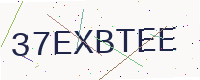
Text: 37EXBTEE